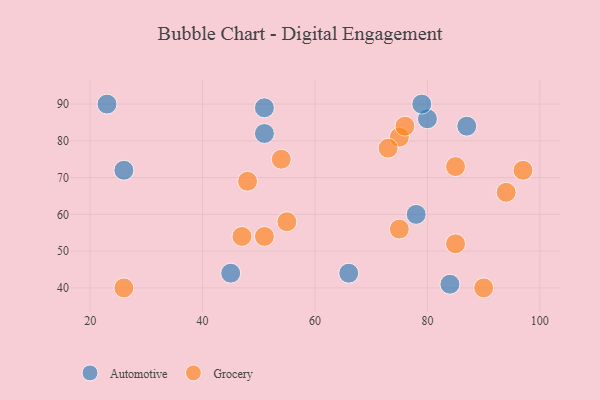
{"axis": {"x": "GDP", "y": "Life Expectancy"}, "legend": ["Automotive", "Grocery"], "data": [{"x": "45", "y": 44, "type": "Automotive"}, {"x": "23", "y": 90, "type": "Automotive"}, {"x": "26", "y": 72, "type": "Automotive"}, {"x": "80", "y": 86, "type": "Automotive"}, {"x": "79", "y": 90, "type": "Automotive"}, {"x": "66", "y": 44, "type": "Automotive"}, {"x": "51", "y": 82, "type": "Automotive"}, {"x": "51", "y": 89, "type": "Automotive"}, {"x": "87", "y": 84, "type": "Automotive"}, {"x": "78", "y": 60, "type": "Automotive"}, {"x": "84", "y": 41, "type": "Automotive"}, {"x": "97", "y": 72, "type": "Grocery"}, {"x": "48", "y": 69, "type": "Grocery"}, {"x": "85", "y": 52, "type": "Grocery"}, {"x": "75", "y": 81, "type": "Grocery"}, {"x": "75", "y": 56, "type": "Grocery"}, {"x": "90", "y": 40, "type": "Grocery"}, {"x": "51", "y": 54, "type": "Grocery"}, {"x": "76", "y": 84, "type": "Grocery"}, {"x": "47", "y": 54, "type": "Grocery"}, {"x": "73", "y": 78, "type": "Grocery"}, {"x": "94", "y": 66, "type": "Grocery"}, {"x": "55", "y": 58, "type": "Grocery"}, {"x": "26", "y": 40, "type": "Grocery"}, {"x": "85", "y": 73, "type": "Grocery"}, {"x": "54", "y": 75, "type": "Grocery"}]}